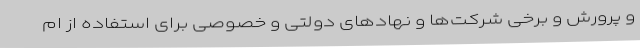
و پرورش و برخی شرکت‌ها و نهادهای دولتی و خصوصی برای استفاده از ام